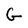
Character: G